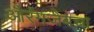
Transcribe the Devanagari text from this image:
औरंगजेबचा